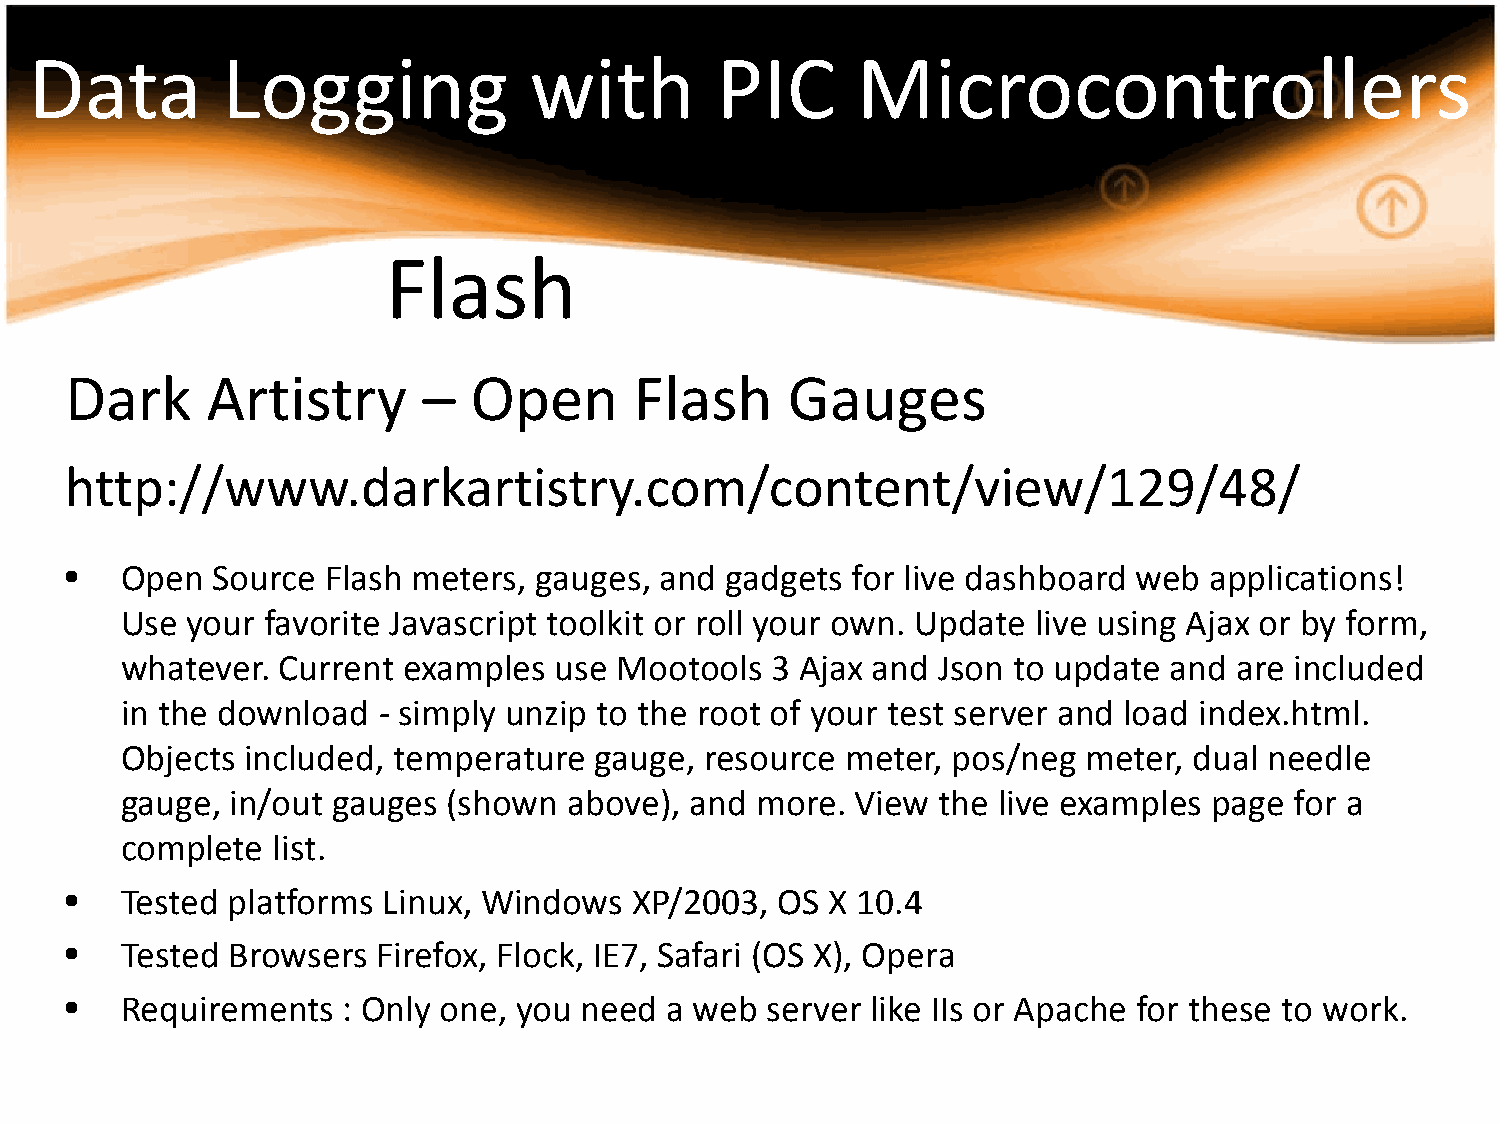
Data         Logging             with        PIC       Microcontrollers
 Flash
 Dark      Artistry      –  Open       Flash     Gauges
 http://www.darkartistry.com/content/view/129/48/
 •   Open  Source  Flash meters, gauges, and gadgets for live dashboard web  applications!
 Use your  favorite Javascript toolkit or roll your own. Update live using Ajax or by form,
 whatever. Current  examples  use Mootools  3 Ajax and Json to update and  are included
 in the download  - simply unzip to the root of your test server and load index.html.
 Objects included, temperature  gauge,  resource meter, pos/neg  meter, dual needle
 gauge, in/out gauges  (shown  above), and more.  View the live examples page  for a
 complete  list.
 •   Tested platforms Linux, Windows   XP/2003, OS  X 10.4
 •   Tested Browsers  Firefox, Flock, IE7, Safari (OS X), Opera
 •   Requirements   : Only one, you need a web  server like IIs or Apache for these to work.